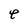
Character: e